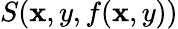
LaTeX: S(\mathbf{x},y,f(\mathbf{x},y))